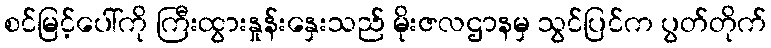
စင်မြင့်ပေါ်ကို ကြီးထွားနှုန်းနှေးသည် မိုးဇလဌာနမှ သွင်ပြင်က ပွတ်တိုက်